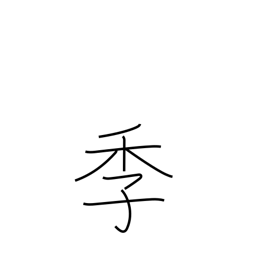
Meaning: seasons